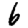
Digit: 6